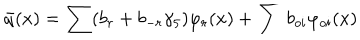
LaTeX: \bar { q } ( x ) = \sum ( b _ { r } + b _ { - r } \gamma _ { 5 } ) \varphi _ { r } ( x ) + \sum b _ { o i } \varphi _ { o i } ( x )